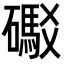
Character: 礟